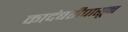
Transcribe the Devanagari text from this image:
कादंबरीपासून